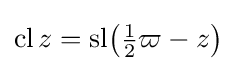
\operatorname {cl} z={\operatorname {sl} }{\bigl (}{\tfrac {1}{2}}\varpi -z{\bigr )}